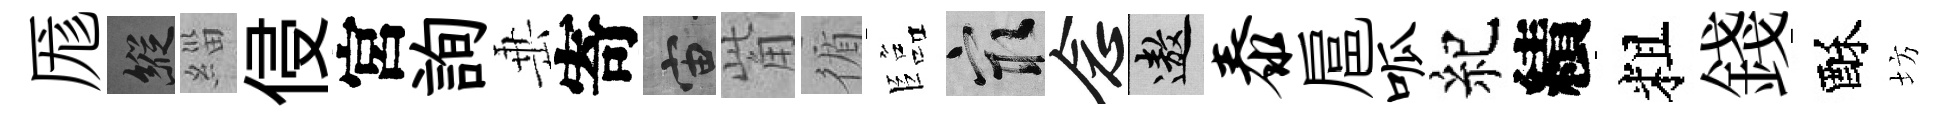
厖縱緇侵宮詢𡸁寄宙觜循臨冣念遨泰扈呱紀績粗錢酥坊